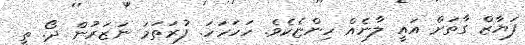
ފަޔާޒް ގާތަށް އައީ ލާނެއް ހިންޏެކެވެ. ހަހަހަހަ. ފުރަތަމަ ނަޒަރުން ދޯ. ތީ